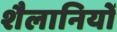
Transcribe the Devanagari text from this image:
शैलानियों